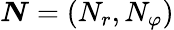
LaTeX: \boldsymbol{N}=(N_{r},N_{\varphi})